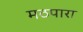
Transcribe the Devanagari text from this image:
मठपारा